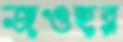
জওহর